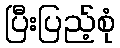
ပြီးပြည့်စုံ